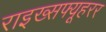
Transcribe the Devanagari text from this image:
राइख्सफ्यूहरर